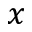
x